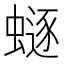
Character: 𧏿